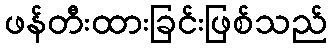
ဖန်တီးထားခြင်းဖြစ်သည်